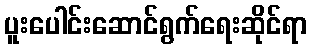
ပူးပေါင်းဆောင်ရွက်ရေးဆိုင်ရာ